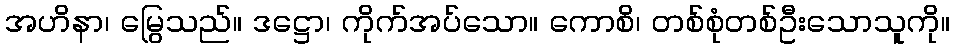
အဟိနာ၊ မြွေသည်။ ဒဋ္ဌော၊ ကိုက်အပ်သော။ ကောစိ၊ တစ်စုံတစ်ဦးသောသူကို။